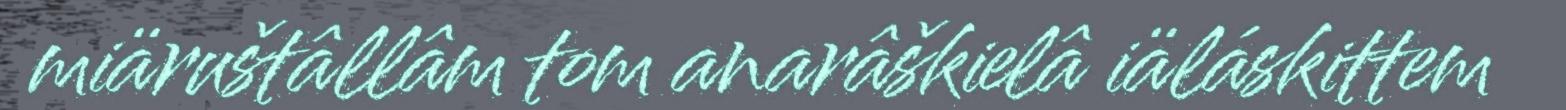
miäruštâllâm tom anarâškielâ iäláskittem